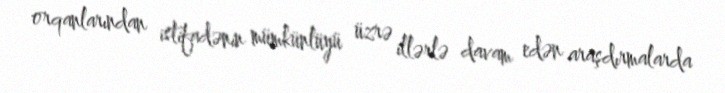
orqanlarından istifadənin mümkünlüyü üzrə illərlə davam edən araşdırmalarda